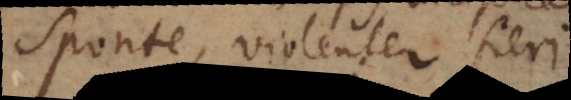
sponte, violenter fieri.